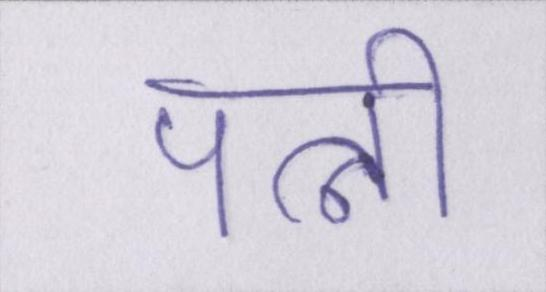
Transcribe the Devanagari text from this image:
पत्नी